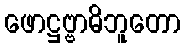
ဖောဋ္ဌဗ္ဗာဓိဘူတော